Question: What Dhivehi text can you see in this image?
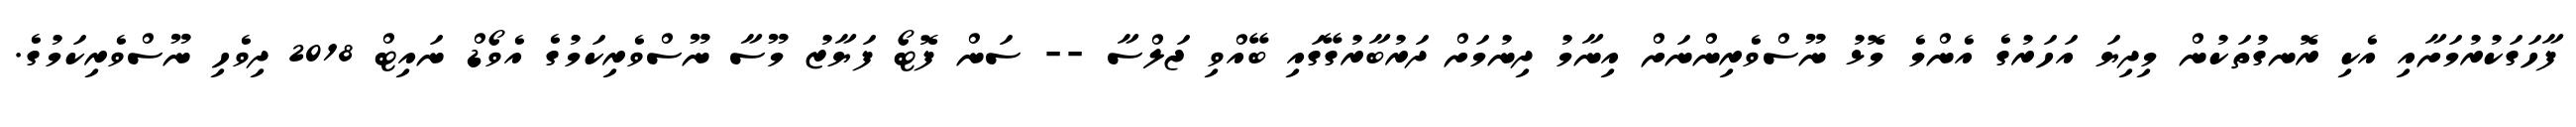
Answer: ފާހަގަކުރުމަށާއި އެކި ރޮނގުތަކުން މިދިޔަ އަހަރުގެ އެންމެ މޮޅު ނޫސްވެރިންނަށް އިނާމު ދިނުމަށް ދަރުބާރުގޭގައި ބޭއްވި ޖަލްސާ -- ސަން ފޮޓޯ ފަޔާޒު މޫސާ ނޫސްވެރިކަމުގެ އެވޯޑް ނައިޓް 2018 ދިވެހި ނޫސްވެރިކަމުގެ.